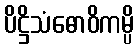
ပိဋ္ဌိသံဓောဝိကမ္ပိ